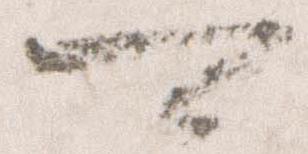
可